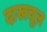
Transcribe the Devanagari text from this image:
दाखवूल